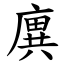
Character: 廙